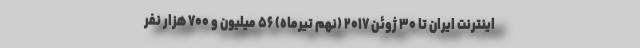
اينترنت ايران تا ۳۰ ژوئن ۲۰۱۷ (نهم تيرماه) ۵۶ ميليون و ۷۰۰ هزار نفر